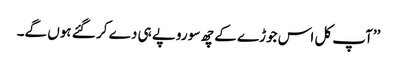
’’آپ کل اس جوڑے کے چھ سو روپے ہی دے کر گئے ہوں گے۔